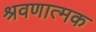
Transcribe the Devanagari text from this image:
श्रवणात्मक